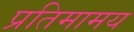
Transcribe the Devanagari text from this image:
प्रतिमामय